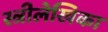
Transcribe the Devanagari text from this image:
स्त्रीलेखिका